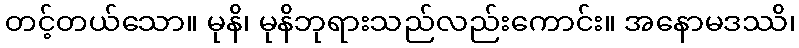
တင့်တယ်သော။ မုနိ၊ မုနိဘုရားသည်လည်းကောင်း။ အနောမဒဿိ၊